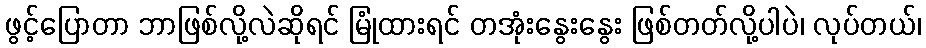
ဖွင့်ပြောတာ ဘာဖြစ်လို့လဲဆိုရင် မြုံထားရင် တအုံးနွေးနွေး ဖြစ်တတ်လို့ပါပဲ၊ လုပ်တယ်၊